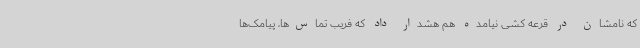
که نامشان در قرعه کشی نیامده هم هشدار داد که فریب تماس‌ها، پیامک‌ها